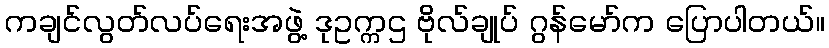
ကချင်လွတ်လပ်ရေးအဖွဲ့ ဒုဥက္ကဌ ဗိုလ်ချုပ် ဂွန်မော်က ပြောပါတယ်။